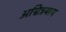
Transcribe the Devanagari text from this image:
अग्नित्रयाय